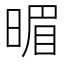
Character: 𣈲